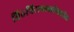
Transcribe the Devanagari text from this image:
तिरुचिरापल्लीमधील